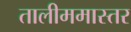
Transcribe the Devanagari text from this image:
तालीममास्तर